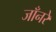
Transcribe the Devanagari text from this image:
जाँनरे